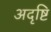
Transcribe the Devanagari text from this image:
अदृष्टि